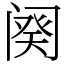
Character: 阕